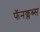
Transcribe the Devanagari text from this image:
फॅनक्लब्स